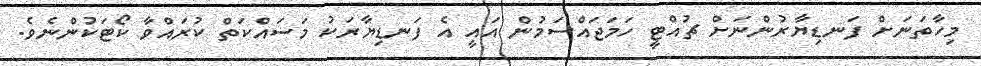
މިހާތަނަށް ފަނޑިޔާރުންނަށް ޗުއްޓީ ހަމަޖައްސަމުން އައީ އެ ފަނޑިޔާރަކު މަސައްކަތް ކުރައްވާ ކޯޓަކުންނެވެ.